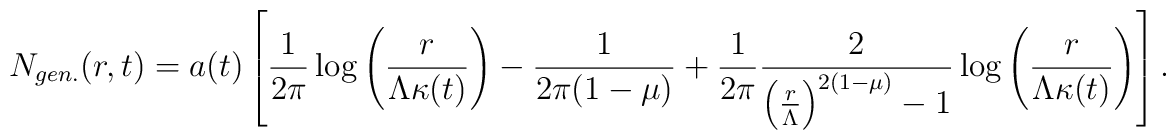
N_{gen.}(r,t)=a(t)\left[\frac{1}{2\pi} \log\left(\frac{r}{\Lambda\kappa(t)}\right)-\frac{1}{2\pi(1-\mu)}+ \frac{1}{2\pi}\frac{2}{\left (\frac{r}{\Lambda}\right)^{2(1-\mu)}-1}\log\left (\frac{r}{\Lambda\kappa(t)}\right)\right].